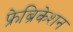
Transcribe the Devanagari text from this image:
फ्रेब्रिकेशन